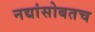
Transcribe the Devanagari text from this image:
नद्यांसोबतच